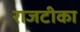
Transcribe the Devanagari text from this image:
राजटीका